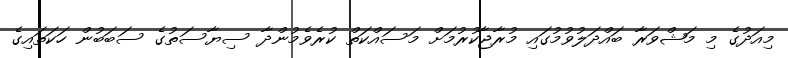
މިއަދުގެ މި މަޝްވަރާ ބައްދަލުވުމުގައި މުރާޖާކުރުމަށް މަސައްކަތް ކުރެވެމުންދާ ސިޔާސަތުގެ ސަބަބުން ހަކަތައިގެ